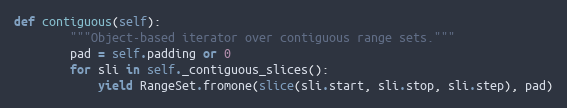
Language: Python
def contiguous(self):
        """Object-based iterator over contiguous range sets."""
        pad = self.padding or 0
        for sli in self._contiguous_slices():
            yield RangeSet.fromone(slice(sli.start, sli.stop, sli.step), pad)